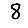
Digit: 8